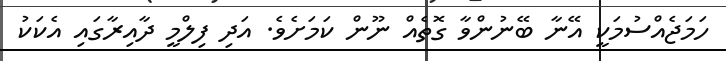
ހަމަޖެއްސުމަކީ އޭނާ ބޭނުންވާ ގޮތެއް ނޫން ކަމަށެވެ. އަދި ފިލްމީ ދާއިރާގައި އެކަކު